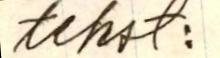
tekst: